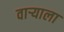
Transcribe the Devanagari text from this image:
वाऱ्याला